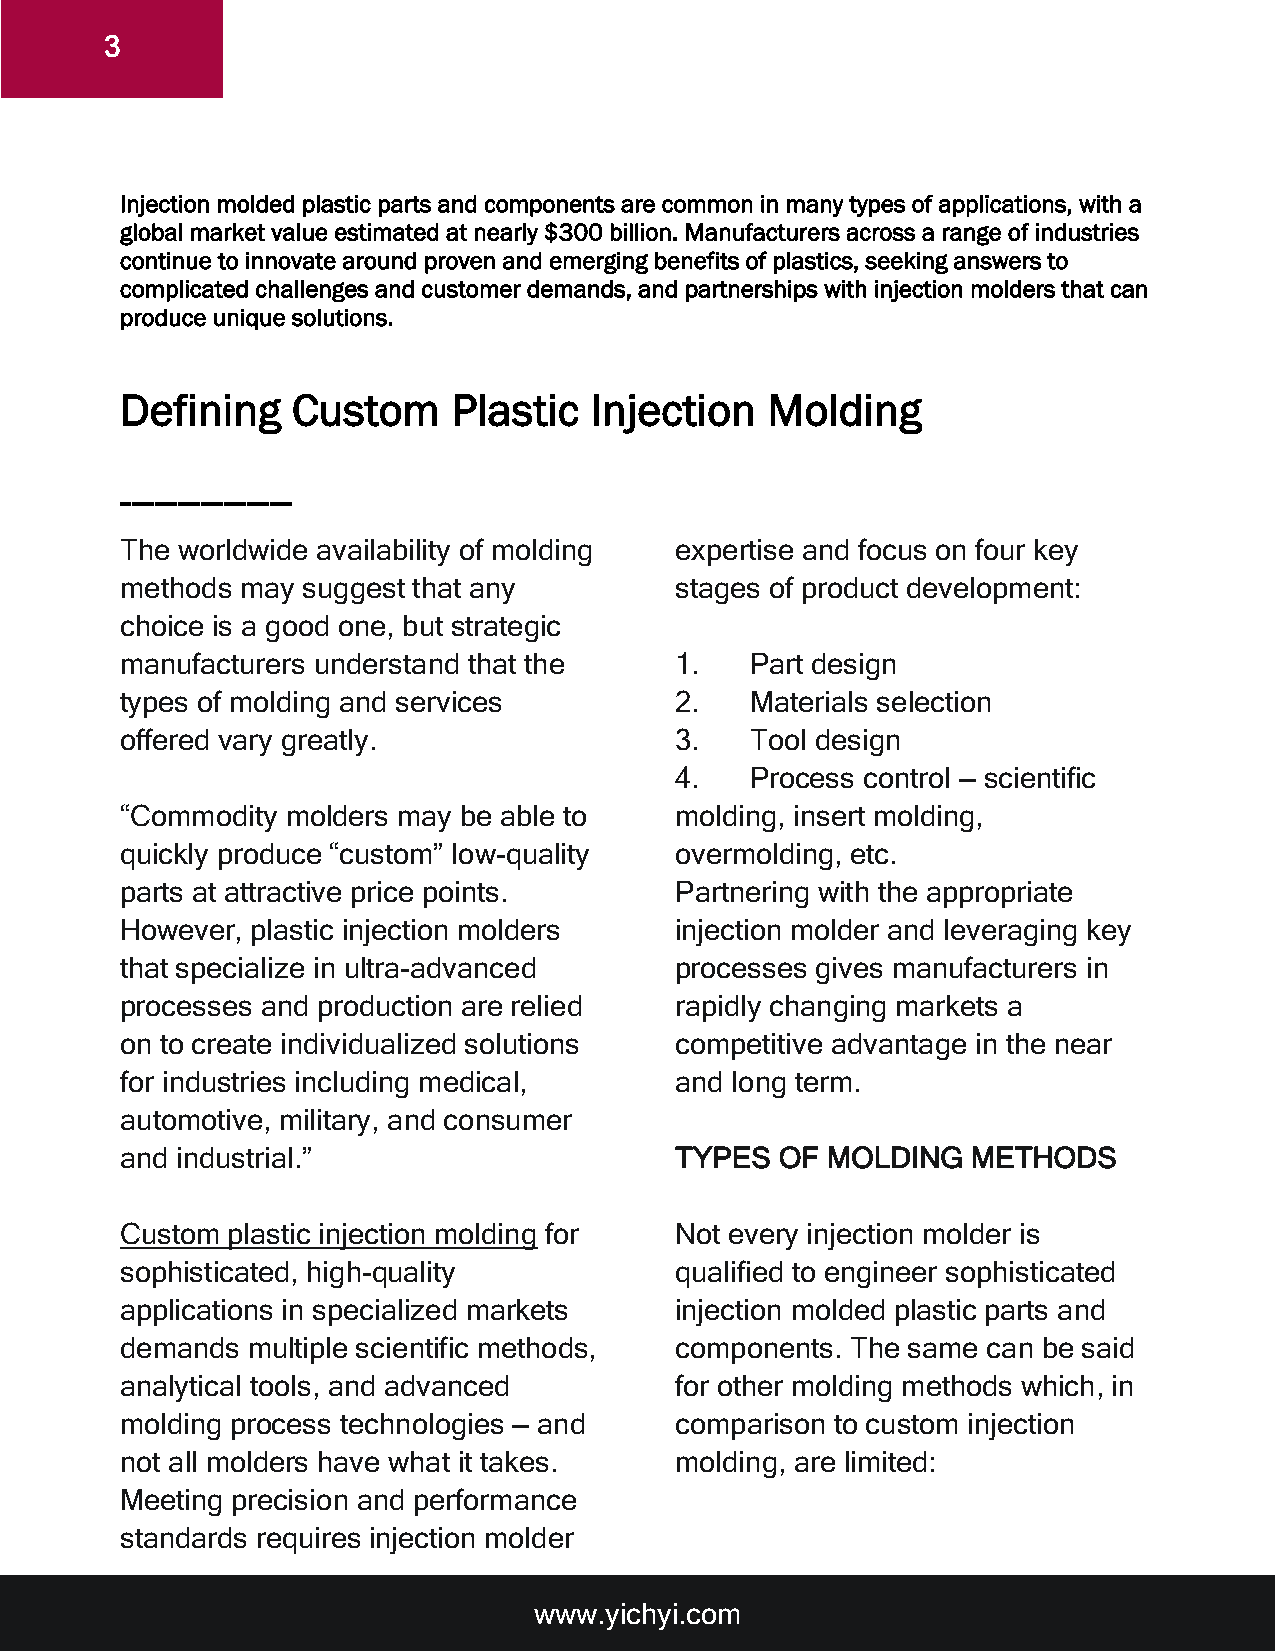
3
 Injection molded plastic parts and components are common in many types of applications, with a
 global market value estimated at nearly $300 billion. Manufacturers across a range of industries
 continue to innovate around proven and emerging benefits of plastics, seeking answers to
 complicated challenges and customer demands, and partnerships with injection molders that can
 produce unique solutions.
 Defining   Custom     Plastic  Injection   Molding
 ---------------
 The worldwide availability of molding expertise and focus on four key
 methods may suggest that any         stages of product development:
 choice is a good one, but strategic
 manufacturers understand that the    1.   Part design
 types of molding and services        2.   Materials selection
 offered vary greatly.                3.   Tool design
 4.   Process control — scientific
 “Commodity molders may be able to    molding, insert molding,
 quickly produce “custom” low-quality overmolding, etc.
 parts at attractive price points.    Partnering with the appropriate
 However, plastic injection molders   injection molder and leveraging key
 that specialize in ultra-advanced    processes gives manufacturers in
 processes and production are relied  rapidly changing markets a
 on to create individualized solutions competitive advantage in the near
 for industries including medical,    and long term.
 automotive, military, and consumer
 and industrial.”                     TYPES  OF MOLDING  METHODS
 Custom plastic injection molding for Not every injection molder is
 sophisticated, high-quality          qualified to engineer sophisticated
 applications in specialized markets  injection molded plastic parts and
 demands multiple scientific methods, components. The same can be said
 analytical tools, and advanced       for other molding methods which, in
 molding process technologies — and   comparison to custom injection
 not all molders have what it takes.  molding, are limited:
 Meeting precision and performance
 standards requires injection molder
 www.yichyi.com